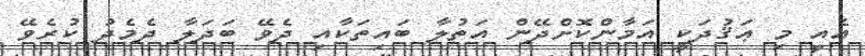
އެއީ މި ޢަޤުދަކީ އަމާންކޮށްދޭން އަތުލާ ބައިތަކާއި ދެވޭ ބަދަލާ ދެމެދު ކުރެވޭ